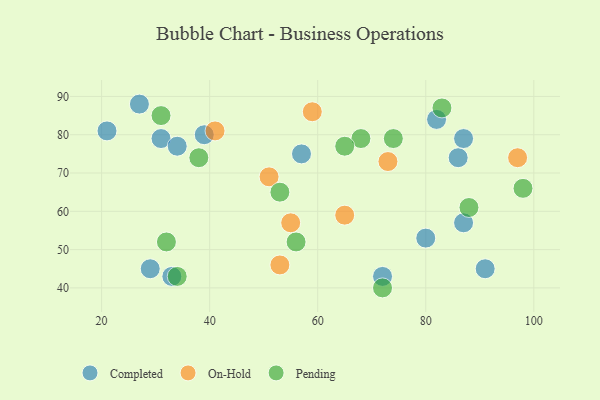
{"axis": {"x": "GDP", "y": "Life Expectancy"}, "legend": ["Completed", "On-Hold", "Pending"], "data": [{"x": "87", "y": 57, "type": "Completed"}, {"x": "80", "y": 53, "type": "Completed"}, {"x": "21", "y": 81, "type": "Completed"}, {"x": "91", "y": 45, "type": "Completed"}, {"x": "86", "y": 74, "type": "Completed"}, {"x": "72", "y": 43, "type": "Completed"}, {"x": "29", "y": 45, "type": "Completed"}, {"x": "39", "y": 80, "type": "Completed"}, {"x": "82", "y": 84, "type": "Completed"}, {"x": "87", "y": 79, "type": "Completed"}, {"x": "27", "y": 88, "type": "Completed"}, {"x": "31", "y": 79, "type": "Completed"}, {"x": "33", "y": 43, "type": "Completed"}, {"x": "34", "y": 77, "type": "Completed"}, {"x": "57", "y": 75, "type": "Completed"}, {"x": "53", "y": 46, "type": "On-Hold"}, {"x": "55", "y": 57, "type": "On-Hold"}, {"x": "59", "y": 86, "type": "On-Hold"}, {"x": "65", "y": 59, "type": "On-Hold"}, {"x": "73", "y": 73, "type": "On-Hold"}, {"x": "41", "y": 81, "type": "On-Hold"}, {"x": "97", "y": 74, "type": "On-Hold"}, {"x": "51", "y": 69, "type": "On-Hold"}, {"x": "31", "y": 85, "type": "Pending"}, {"x": "74", "y": 79, "type": "Pending"}, {"x": "34", "y": 43, "type": "Pending"}, {"x": "68", "y": 79, "type": "Pending"}, {"x": "32", "y": 52, "type": "Pending"}, {"x": "56", "y": 52, "type": "Pending"}, {"x": "98", "y": 66, "type": "Pending"}, {"x": "53", "y": 65, "type": "Pending"}, {"x": "65", "y": 77, "type": "Pending"}, {"x": "72", "y": 40, "type": "Pending"}, {"x": "88", "y": 61, "type": "Pending"}, {"x": "83", "y": 87, "type": "Pending"}, {"x": "38", "y": 74, "type": "Pending"}]}